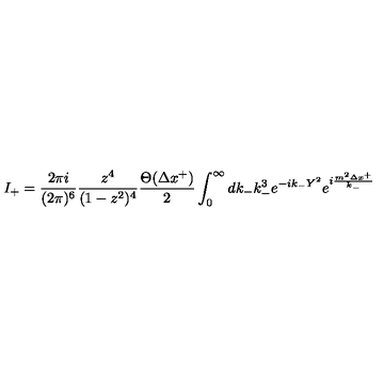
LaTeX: I _ { + } = \frac { 2 \pi i } { ( 2 \pi ) ^ { 6 } } \frac { z ^ { 4 } } { ( 1 - z ^ { 2 } ) ^ { 4 } } \frac { \Theta ( \Delta x ^ { + } ) } { 2 } \int _ { 0 } ^ { \infty } d k _ { - } k _ { - } ^ { 3 } e ^ { - i k _ { - } Y ^ { 2 } } e ^ { i \frac { m ^ { 2 } \Delta x ^ { + } } { k _ { - } } }